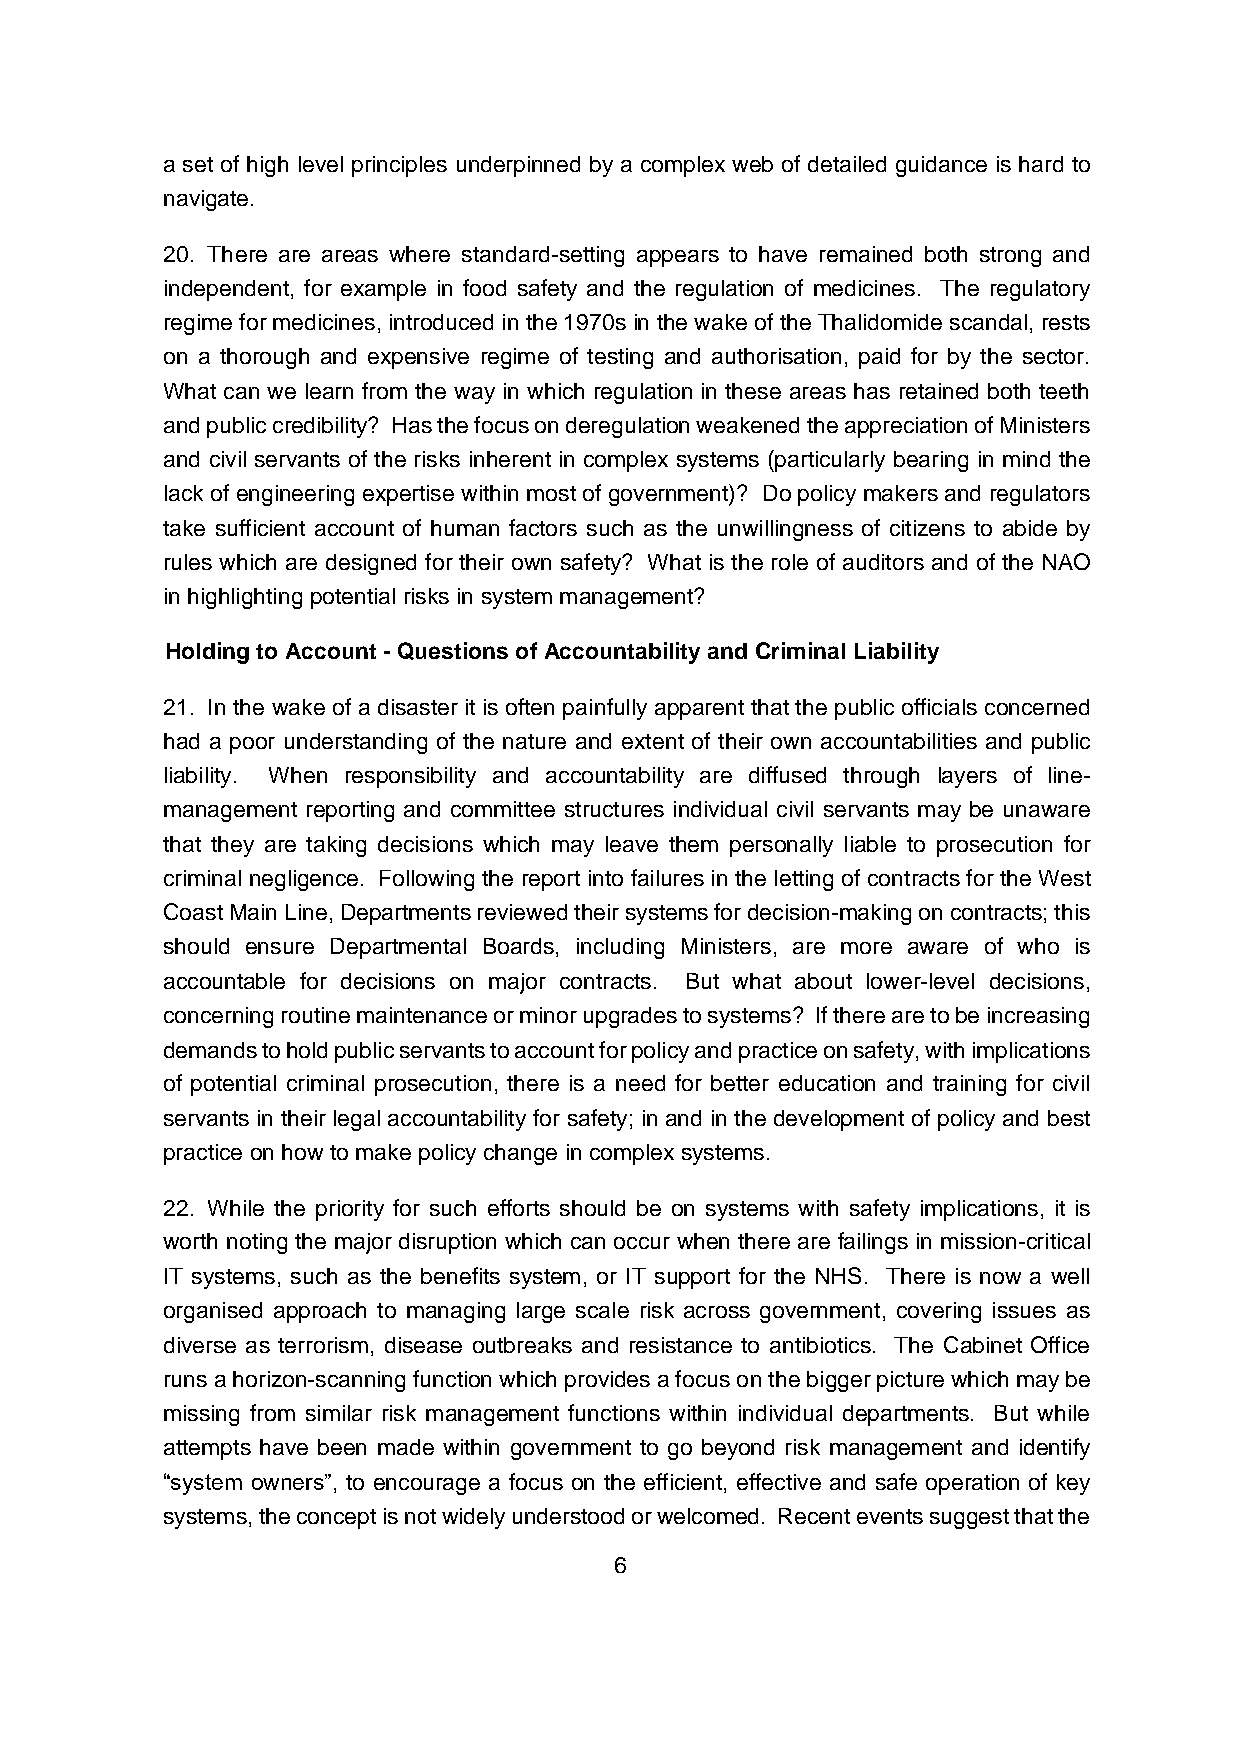
a set of high level principles underpinned by a complex web of detailed guidance is hard to
 navigate.
 20. There are areas where standard-setting appears to have remained both strong and
 independent, for example in food safety and the regulation of medicines. The regulatory
 regime for medicines, introduced in the 1970s in the wake of the Thalidomide scandal, rests
 on a thorough and expensive regime of testing and authorisation, paid for by the sector.
 What can we learn from the way in which regulation in these areas has retained both teeth
 and public credibility? Has the focus on deregulation weakened the appreciation of Ministers
 and civil servants of the risks inherent in complex systems (particularly bearing in mind the
 lack of engineering expertise within most of government)? Do policy makers and regulators
 take sufficient account of human factors such as the unwillingness of citizens to abide by
 rules which are designed for their own safety? What is the role of auditors and of the NAO
 in highlighting potential risks in system management?
 Holding to Account - Questions of Accountability and Criminal Liability
 21. In the wake of a disaster it is often painfully apparent that the public officials concerned
 had a poor understanding of the nature and extent of their own accountabilities and public
 liability. When responsibility and accountability are diffused through layers of line-
 management reporting and committee structures individual civil servants may be unaware
 that they are taking decisions which may leave them personally liable to prosecution for
 criminal negligence. Following the report into failures in the letting of contracts for the West
 Coast Main Line, Departments reviewed their systems for decision-making on contracts; this
 should ensure Departmental Boards, including Ministers, are more aware of who is
 accountable for decisions on major contracts. But what about lower-level decisions,
 concerning routine maintenance or minor upgrades to systems? If there are to be increasing
 demands to hold public servants to account for policy and practice on safety, with implications
 of potential criminal prosecution, there is a need for better education and training for civil
 servants in their legal accountability for safety; in and in the development of policy and best
 practice on how to make policy change in complex systems.
 22. While the priority for such efforts should be on systems with safety implications, it is
 worth noting the major disruption which can occur when there are failings in mission-critical
 IT systems, such as the benefits system, or IT support for the NHS. There is now a well
 organised approach to managing large scale risk across government, covering issues as
 diverse as terrorism, disease outbreaks and resistance to antibiotics. The Cabinet Office
 runs a horizon-scanning function which provides a focus on the bigger picture which may be
 missing from similar risk management functions within individual departments. But while
 attempts have been made within government to go beyond risk management and identify
 “system owners”, to encourage a focus on the efficient, effective and safe operation of key
 systems, the concept is not widely understood or welcomed. Recent events suggest that the
 6